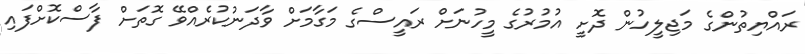
ރައްޔިތުންގެ މަޖިލީހުން ދޮށީ އުމުރުގެ މީހުނަށް ރައީސްގެ މަގާމަށް ވާދަނުކުރެއްވޭ ގޮތަށް ފާސްކޮށްފައި